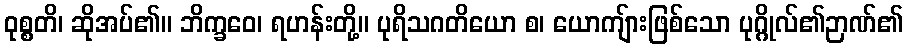
ဝုစ္စတိ၊ ဆိုအပ်၏။ ဘိက္ခဝေ၊ ရဟန်းတို့။ ပုရိသဂတိယော စ၊ ယောကျ်ားဖြစ်သော ပုဂ္ဂိုလ်၏ဉာဏ်၏